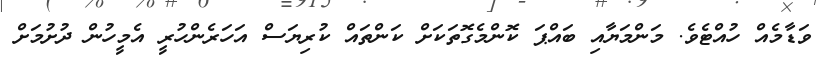
ވަޑާމެއް ހުއްޓެވެ. މަންމަޔާއި ބައްޕަ ކޮންމެގޮތަކަށް ކަންތައް ކުރިޔަސް އަހަރެންހުރީ އެމީހުން ދުށުމަށް